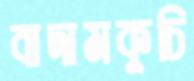
বাদামকুচি